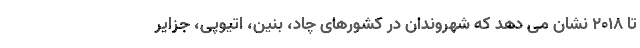
تا ۲۰۱۸ نشان می دهد که شهروندان در کشورهای چاد، بنین، اتیوپی، جزایر